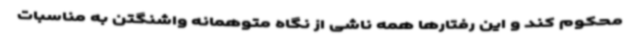
محکوم کند و این رفتارها همه ناشی از نگاه متوهمانه واشنگتن به مناسبات